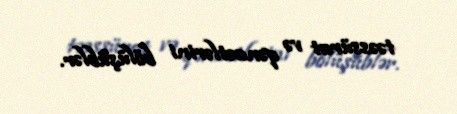
təəssürat və qənaətlərini bölüşüblər.